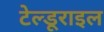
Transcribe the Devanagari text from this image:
टेल्डूराइल